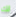
لك